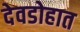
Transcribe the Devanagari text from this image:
देवडोहात